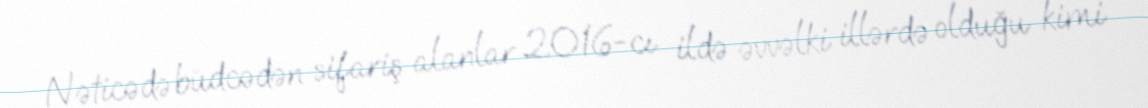
Nəticədə büdcədən sifariş alanlar 2016-cı ildə əvvəlki illərdə olduğu kimi